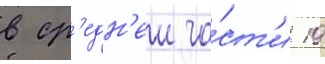
в ср'едн'еи ча́ст'и 19